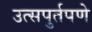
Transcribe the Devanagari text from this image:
उत्सपुर्तपणे